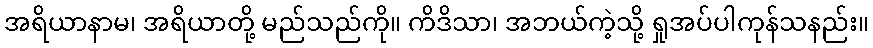
အရိယာနာမ၊ အရိယာတို့ မည်သည်ကို။ ကိဒိသာ၊ အဘယ်ကဲ့သို့ ရှုအပ်ပါကုန်သနည်း။